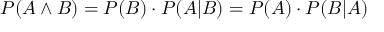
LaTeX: P ( A \land B ) = P ( B ) \cdot P ( A | B ) = P ( A ) \cdot P ( B | A )